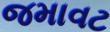
જમાવટ